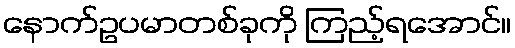
နောက်ဥပမာတစ်ခုကို ကြည့်ရအောင်။